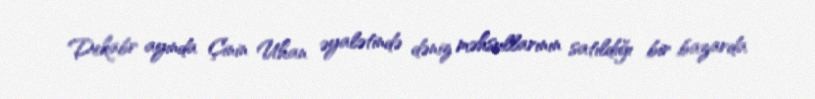
Dekabr ayında Çinin Uhan əyalətində dəniz məhsullarının satıldığı bir bazarda